Rasina_vallavalitsus, lk 4
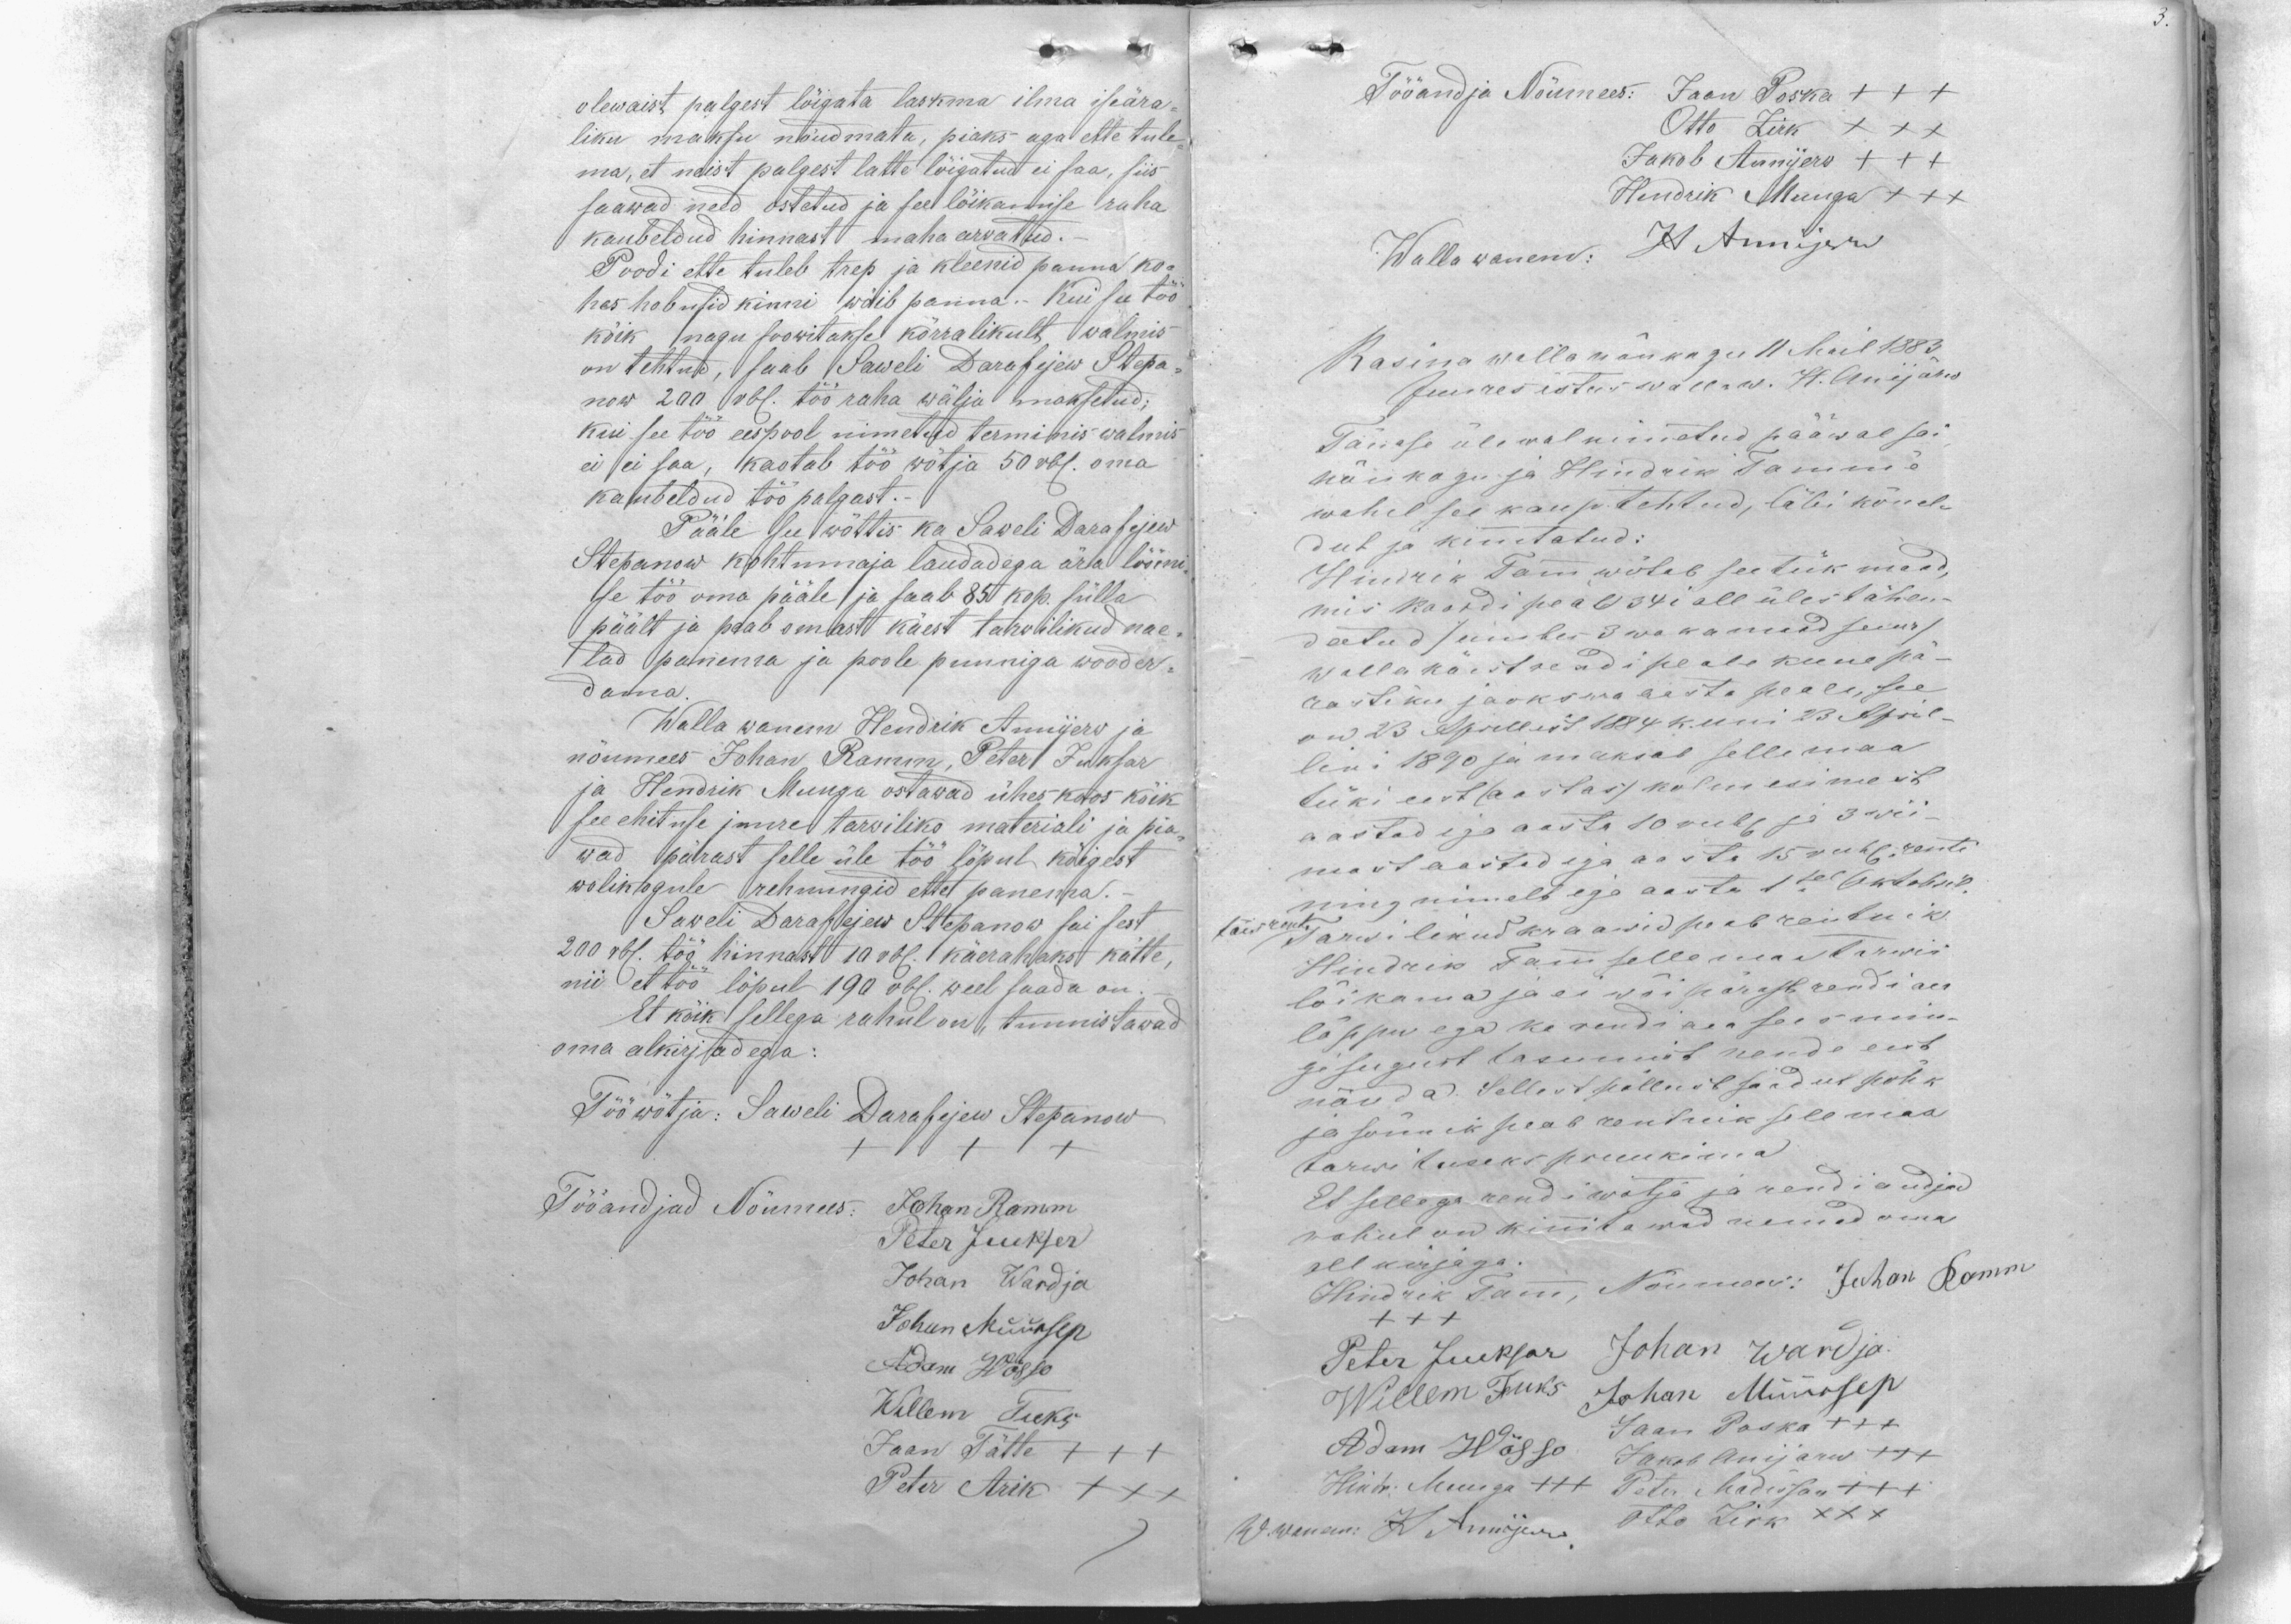
olewaist palgest lõigata laskma ilma iseära-
liku maksu nõudmata, piaks aga ette tule-
ma, et neist palgest latte lõigatud ei saa, siis
saawad need ostetud ja see lõikamise raha
kaubeldud hinnast maha arvatud.
Poodi ette tuleb trep ja kleenid panna ku-
hes hobusid kinni wõib panna. Kui see töö
kõik nagu soowitakse kõrralikult walmis
on tehtud, saab Saweli Darafejew Stepa-
now 200 rbl. töö raha wälja maksetud;
kui see töö eespool nimetud terminis walmis
ei ei saa, kaotab töö wõtja 50 rbl. oma
kaubeldud töö palgast.-
Pääle see wõttis ka Saweli Darafejew
Stepanow kohtumaja laudadega ära löömi-
se töö oma pääle ja saab 85 kop. sülla
päält ja peab omast käest tarwilikud nae-
lad panema ja poole punniga wooder-
dama
Walla wanem Hendrik Annijerw ja
nõumees Johan Ramm, Peter Juksar
ja Hendrik Muugu ostawad ühes koos kõik
see ehituse juures tarwiliko materiali ja pia-
wad pärast selle üle töö lõpul kõigest
wolikogule rehnungid ette panema.
Saweli Darafejew Stepanow sai sest
200 rbl. töö hinnast 10 rbl. 1 käerahakst kätte,
nii et töö lõpul 190 rbl. weel saada on.
Et kõik sellega rahul on tunnistawad
oma alkirjadega:
Tööwõtja: Saweli Darafejew Stepanow
+++
Tööandjad Nõumees: Johan Ramm
Peter Juekser
Johan Wardja
Johan Müürsep
Adam Wõsso
Willem Fuks
Jaan Tätte +++
Peter Arik XXX

Tööandja Nõumees: Jaan Poska +++
Otto Zirk XXX
Jakob Annijerw +++
Hendrik Muuga XXX
Wallawanem: H Annijerw
Rasina walla nõukogu 11 Mail 1883.
Juures istus wallaw. H. Anijärw
Tänase ülewal nimetud pääwal sai
nõukogu ja Hindrik Tamm'e
wahel see kaup tehtud, läbi kõnel-
dud ja kinnitatud:
Hindrik Tamm wõtab see tük maad,
mis kaardi peal 34i all ülestähen-
datud /umbes 3 wakamaad suur/
walla käest rendi peale kuue pä-
rastiku jookswa aasta peale, see
on 23 Aprillist 1884 kuni 23 April-
lini 1890 ja maksab selle maa
tüki eest (aastas) kolm esimest
aastad iga aasta 10 rubl ja 3 wii-
mast aastad iga aasta 15 rubl. renti
ning nimelt iga aasta 1sel Oktobril.
täisrenti. Tarwilikud kraawid peab rentnik
Hindrik Tamm selle maa tarwis
lõikama ja ei wõi pärast rendi aea
lõppu ega ka rendi aea sees min-
gisugust tasumist nende eest
nõuda. Sellest põllust saadul põhk
ja sõnnik peab rentnik selle maa
tarwituseks pruukima
Et sellega rendiwõtja ja rendiandjad
rahul on kinnitawad nemad oma
all kirjaga:
Hindrik Tamm, Nõumees: Juhan Romm
XXX
Peter Jueksar Johan Wardja
Willem Fuks Johan Müürsep
Jaan Poska +++
Adam Wõsso Jakob Anijarw XXX
Hindr. Muuga XXX Peter Madisson +++
W. wanem: H Annijerw. Otto Zirk XXX